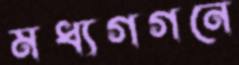
মধ্যগগনে